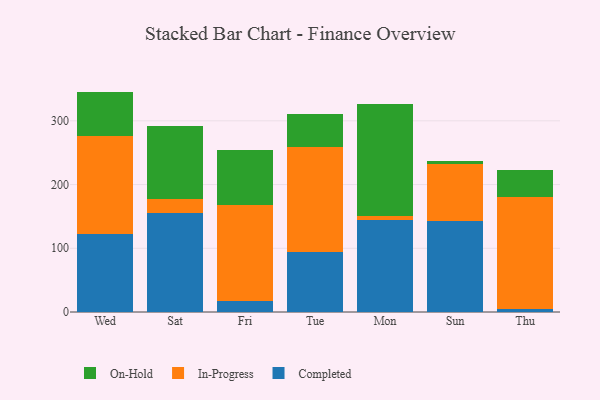
{"axis": {"x": "Day", "y": "Temperature (°C)"}, "legend": ["Completed", "In-Progress", "On-Hold"], "data": [{"x": "Wed", "y": 122.3, "type": "Completed"}, {"x": "Wed", "y": 153.3, "type": "In-Progress"}, {"x": "Wed", "y": 70.3, "type": "On-Hold"}, {"x": "Sat", "y": 155.4, "type": "Completed"}, {"x": "Sat", "y": 22.3, "type": "In-Progress"}, {"x": "Sat", "y": 114.0, "type": "On-Hold"}, {"x": "Fri", "y": 16.9, "type": "Completed"}, {"x": "Fri", "y": 150.4, "type": "In-Progress"}, {"x": "Fri", "y": 87.0, "type": "On-Hold"}, {"x": "Tue", "y": 93.8, "type": "Completed"}, {"x": "Tue", "y": 165.1, "type": "In-Progress"}, {"x": "Tue", "y": 52.0, "type": "On-Hold"}, {"x": "Mon", "y": 145.0, "type": "Completed"}, {"x": "Mon", "y": 5.8, "type": "In-Progress"}, {"x": "Mon", "y": 176.0, "type": "On-Hold"}, {"x": "Sun", "y": 142.8, "type": "Completed"}, {"x": "Sun", "y": 89.4, "type": "In-Progress"}, {"x": "Sun", "y": 5.4, "type": "On-Hold"}, {"x": "Thu", "y": 5.1, "type": "Completed"}, {"x": "Thu", "y": 175.2, "type": "In-Progress"}, {"x": "Thu", "y": 41.8, "type": "On-Hold"}]}